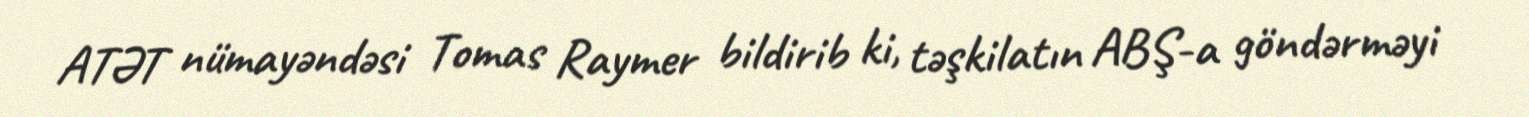
ATƏT nümayəndəsi Tomas Raymer bildirib ki, təşkilatın ABŞ-a göndərməyi